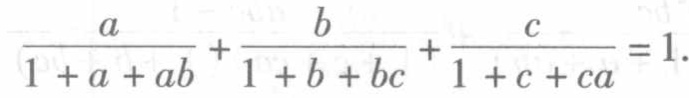
\(\frac{a}{1 + a + ab}+\frac{b}{1 + b + bc}+\frac{c}{1 + c + ca}=1\)